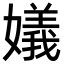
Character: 嬟